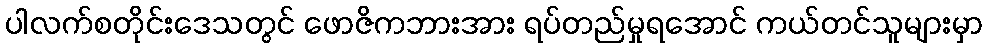
ပါလက်စတိုင်းဒေသတွင် ဖောဇိကဘားအား ရပ်တည်မှုရအောင် ကယ်တင်သူများမှာ